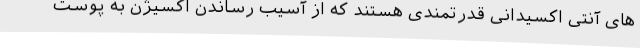
های آنتی اکسیدانی قدرتمندی هستند که از آسیب رساندن اکسیژن به پوست